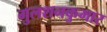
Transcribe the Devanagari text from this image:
गुलशनकुमार